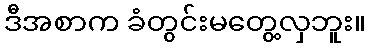
ဒီအစာက ခံတွင်းမတွေ့လှဘူး။